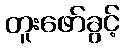
တူးဖော်ခွင့်